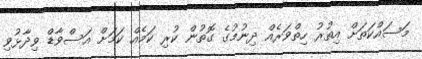
މަސައްކަތަށް އިތުރު ހިތްވަރެއް ދިނުމުގެ ގޮތުން ކުރި ކަމެއް ކަމަށް އަސްވާޑް ވިދާޅުވި